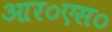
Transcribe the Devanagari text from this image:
आर०एस०